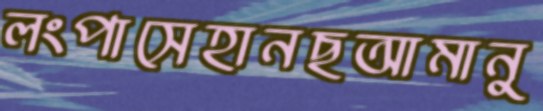
লংপাসেহানছআমানু